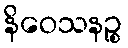
နိဝေသနဉ္စ